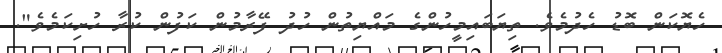
ހެޔޮކަން ބޮޑު ހެދުމެވެ. ތިޔަބައިމީހުންގެ މައްޔިތުން ހުދު ފޭރާމުން ކަފުން ކުރާ ހުށިކަމެވެ".